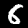
Label: 6